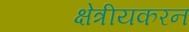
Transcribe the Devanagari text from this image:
क्षेत्रीयकरन